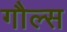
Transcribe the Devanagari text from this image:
गौल्स